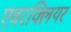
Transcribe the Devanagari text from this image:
एवरक्लियर